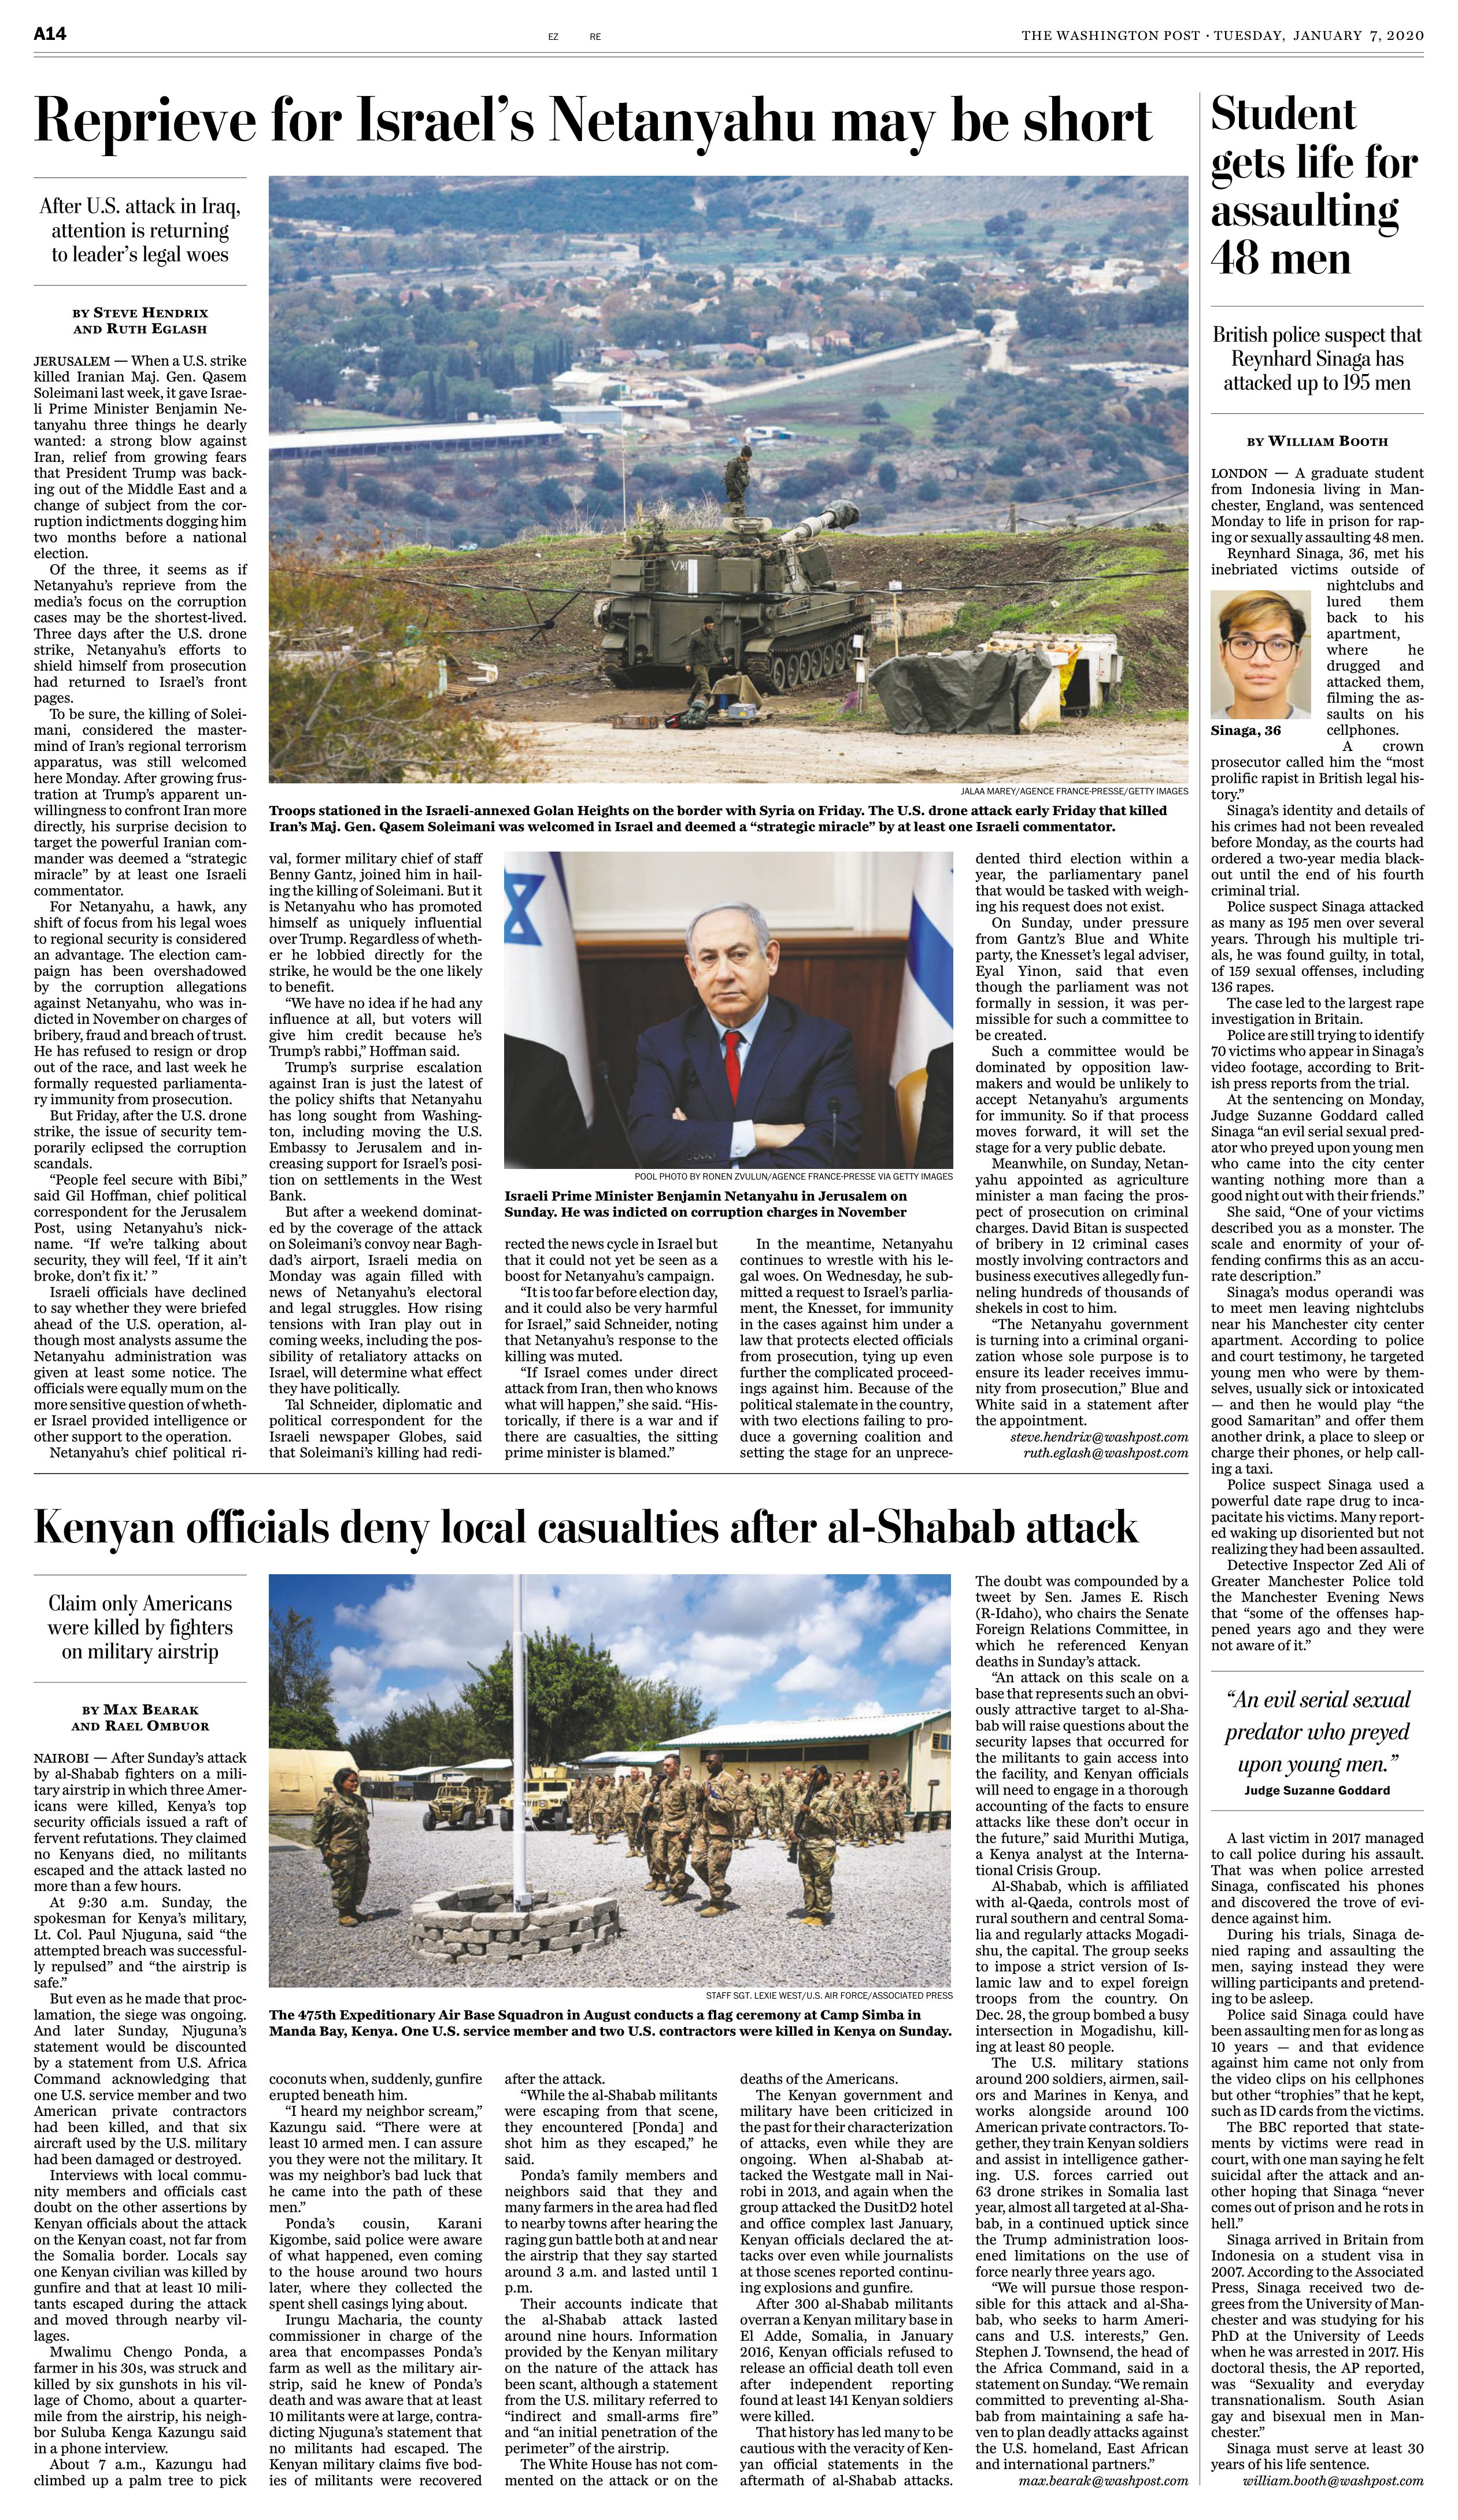
Language: en